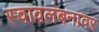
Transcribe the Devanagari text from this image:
स्वावलंबनावर